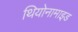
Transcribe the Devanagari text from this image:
थियोनामाइड